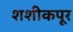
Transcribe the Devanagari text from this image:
शशीकपूर